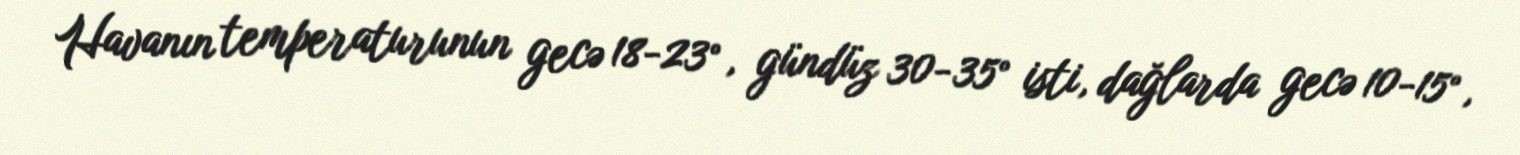
Havanın temperaturunun gecə 18-23°, gündüz 30-35° isti, dağlarda gecə 10-15°,